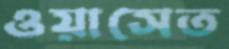
ওয়াসেত